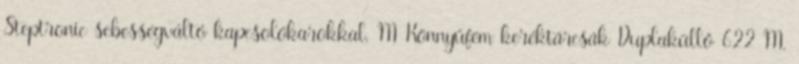
Steptronic sebességváltó kapcsolókarokkal, M Könnyűfém keréktárcsák Duplaküllő 622 M,